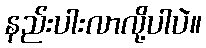
နည်းပါးလာလို့ပါပဲ။